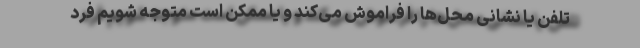
تلفن یا نشانی محل‌ها را فراموش می‌کند و یا ممکن است متوجه شویم فرد